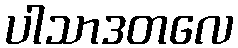
ပါသာဒတလေ